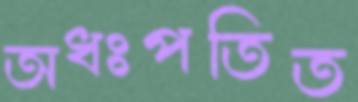
অধঃপতিত